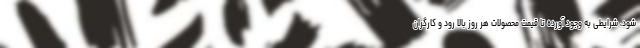
شود، شرایطی به وجود آورده تا قیمت محصولات هر روز بالا رود و کارگران